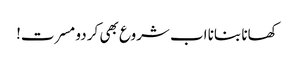
کھانا بنانا اب شروع بھی کر دو مسرت!